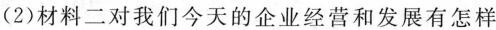
(2)材料二对我们今天的企业经营和发展有怎样